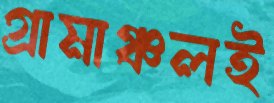
গ্রামাঞ্চলই